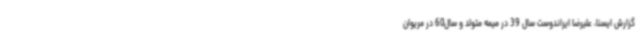
گزارش ایسنا، علیرضا ایراندوست سال 39 در میمه متولد و سال60 در مریوان